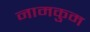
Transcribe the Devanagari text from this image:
नामकुम